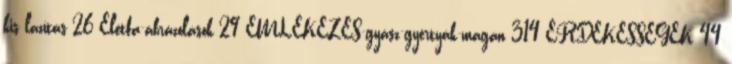
kis lazítás 26 Életfa-ábrázolások 29 EMLÉKEZÉS-gyász-gyertyák-magán 314 ÉRDEKESSÉGEK 44